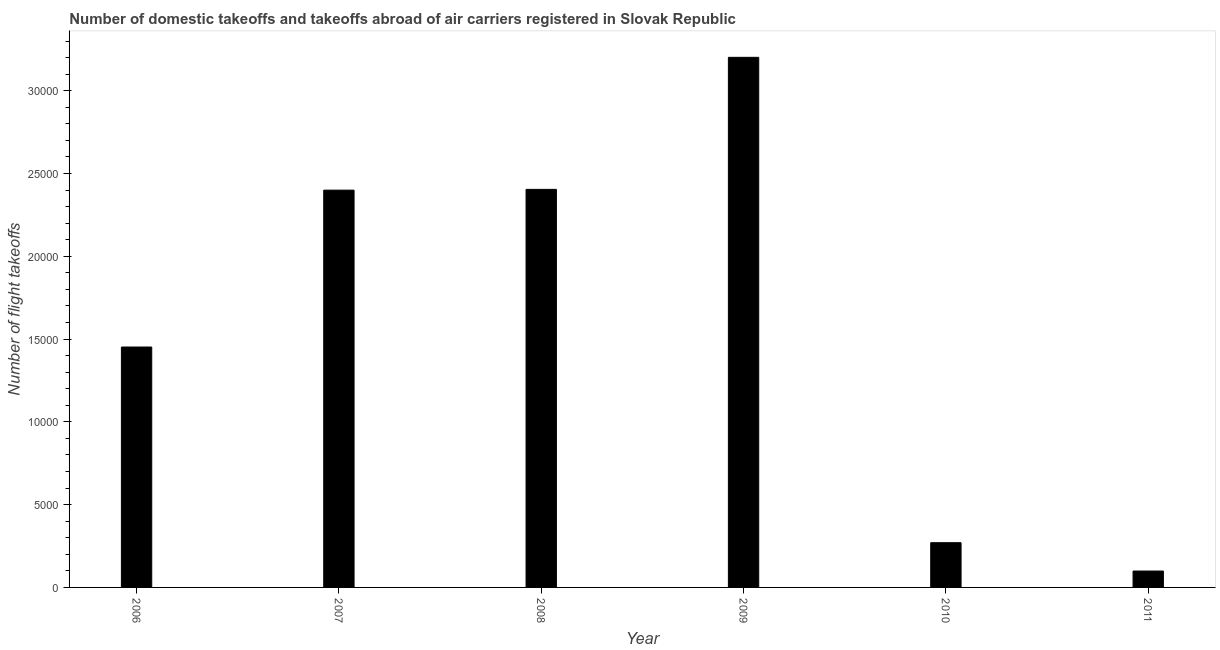
| Year | Air transport |
 | --- | --- |
 | 2006 | 1.45e+04 |
 | 2007 | 2.4e+04 |
 | 2008 | 2.4e+04 |
 | 2009 | 3.2e+04 |
 | 2010 | 2.7e+03 |
 | 2011 | 990 |